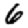
Digit: 6